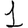
Digit: 1